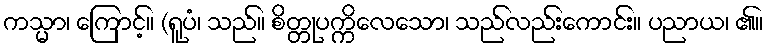
ကသ္မာ၊ ကြောင့်။ (ရူပံ၊ သည်။ စိတ္တုပက္ကိလေသော၊ သည်လည်းကောင်း။ ပညာယ၊ ၏။